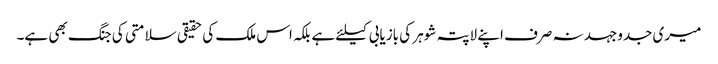
میری جدوجہد نہ صرف اپنے لاپتہ شوہر کی بازیابی کیلئے ہے بلکہ اس ملک کی حقیقی سلامتی کی جنگ بھی ہے۔